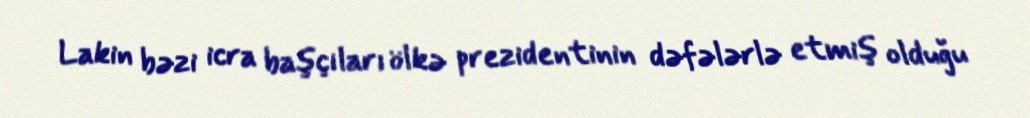
Lakin bəzi icra başçıları ölkə prezidentinin dəfələrlə etmiş olduğu